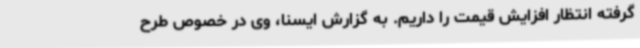
گرفته انتظار افزایش قیمت را داریم. به گزارش ایسنا، وی در خصوص طرح